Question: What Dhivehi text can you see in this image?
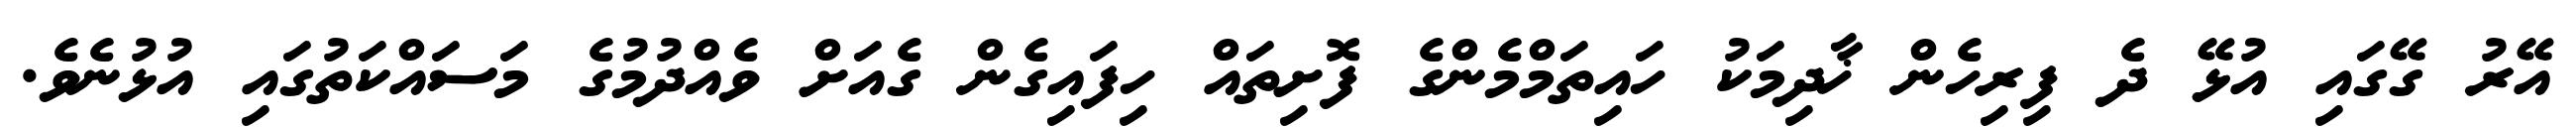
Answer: އޭރު ގޭގައި އުޅޭ ދެ ފިރިހެން ޚާދިމަކު ހައިތަމްމެންގެ ފޮށިތައް ހިފައިގެން ގެއަށް ވެއްދުމުގެ މަސައްކަތުގައި އުޅުނެވެ.